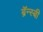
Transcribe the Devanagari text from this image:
ब्रॅन्स्बी